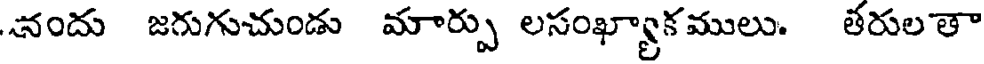
నందు జగుగుచుండు మార్పు లసంఖ్యాకములు. తరుల తా